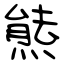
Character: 㷱